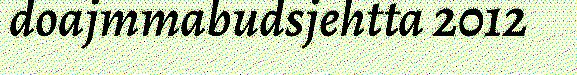
doajmmabudsjehtta 2012